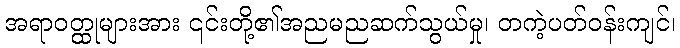
အရာဝတ္ထုများအား ၎င်းတို့၏အညမညဆက်သွယ်မှု၊ တကဲ့ပတ်ဝန်းကျင်၊